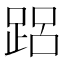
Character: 𲃨